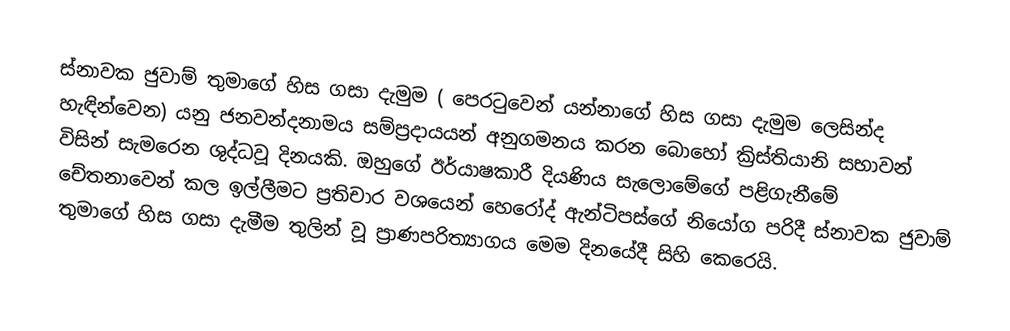
ස්නාවක ජුවාම් තුමාගේ හිස ගසා දැමුම ( පෙරටුවෙන් යන්නාගේ හිස ගසා දැමුම ලෙසින්ද හැඳින්වෙන) යනු  ජනවන්දනාමය සම්ප්‍රදායයන් අනුගමනය කරන බොහෝ ක්‍රිස්තියානි සභාවන් විසින් සැමරෙන ශුද්ධවූ දිනයකි. ඔහුගේ ඊර්යාෂකාරී දියණිය සැලොමේගේ පළිගැනීමේ චේතනාවෙන් කල ඉල්ලීමට ප්‍රතිචාර වශයෙන් හෙරෝද් ඇන්ටිපස්ගේ නියෝග පරිදී  ස්නාවක ජුවාම් තුමාගේ හිස ගසා දැමීම තුලින් වූ  ප්‍රාණපරිත්‍යාගය  මෙම දිනයේදී සිහි කෙරෙයි.